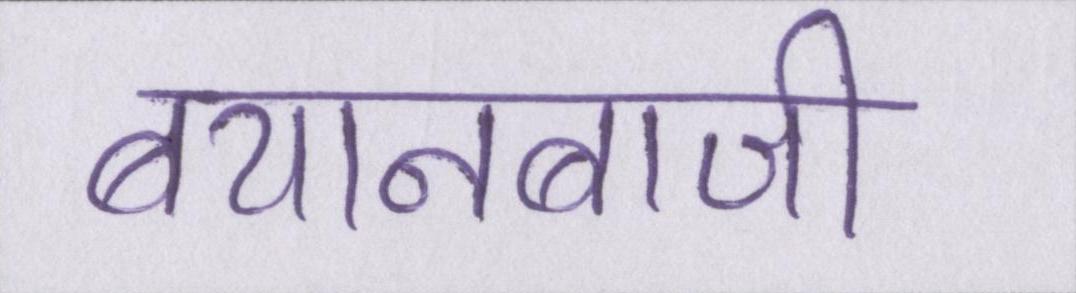
बयानबाजी